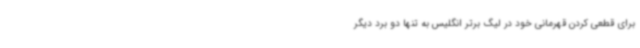
برای قطعی کردن قهرمانی خود در لیگ برتر انگلیس به تنها دو برد دیگر